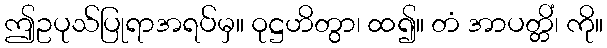
ဤဥပုသ်ပြုရာအရပ်မှ။ ဝုဋ္ဌဟိတွာ၊ ထ၍။ တံ အာပတ္တိံ၊ ကို။